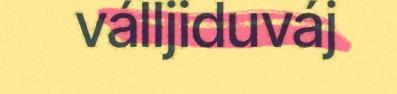
válljiduváj